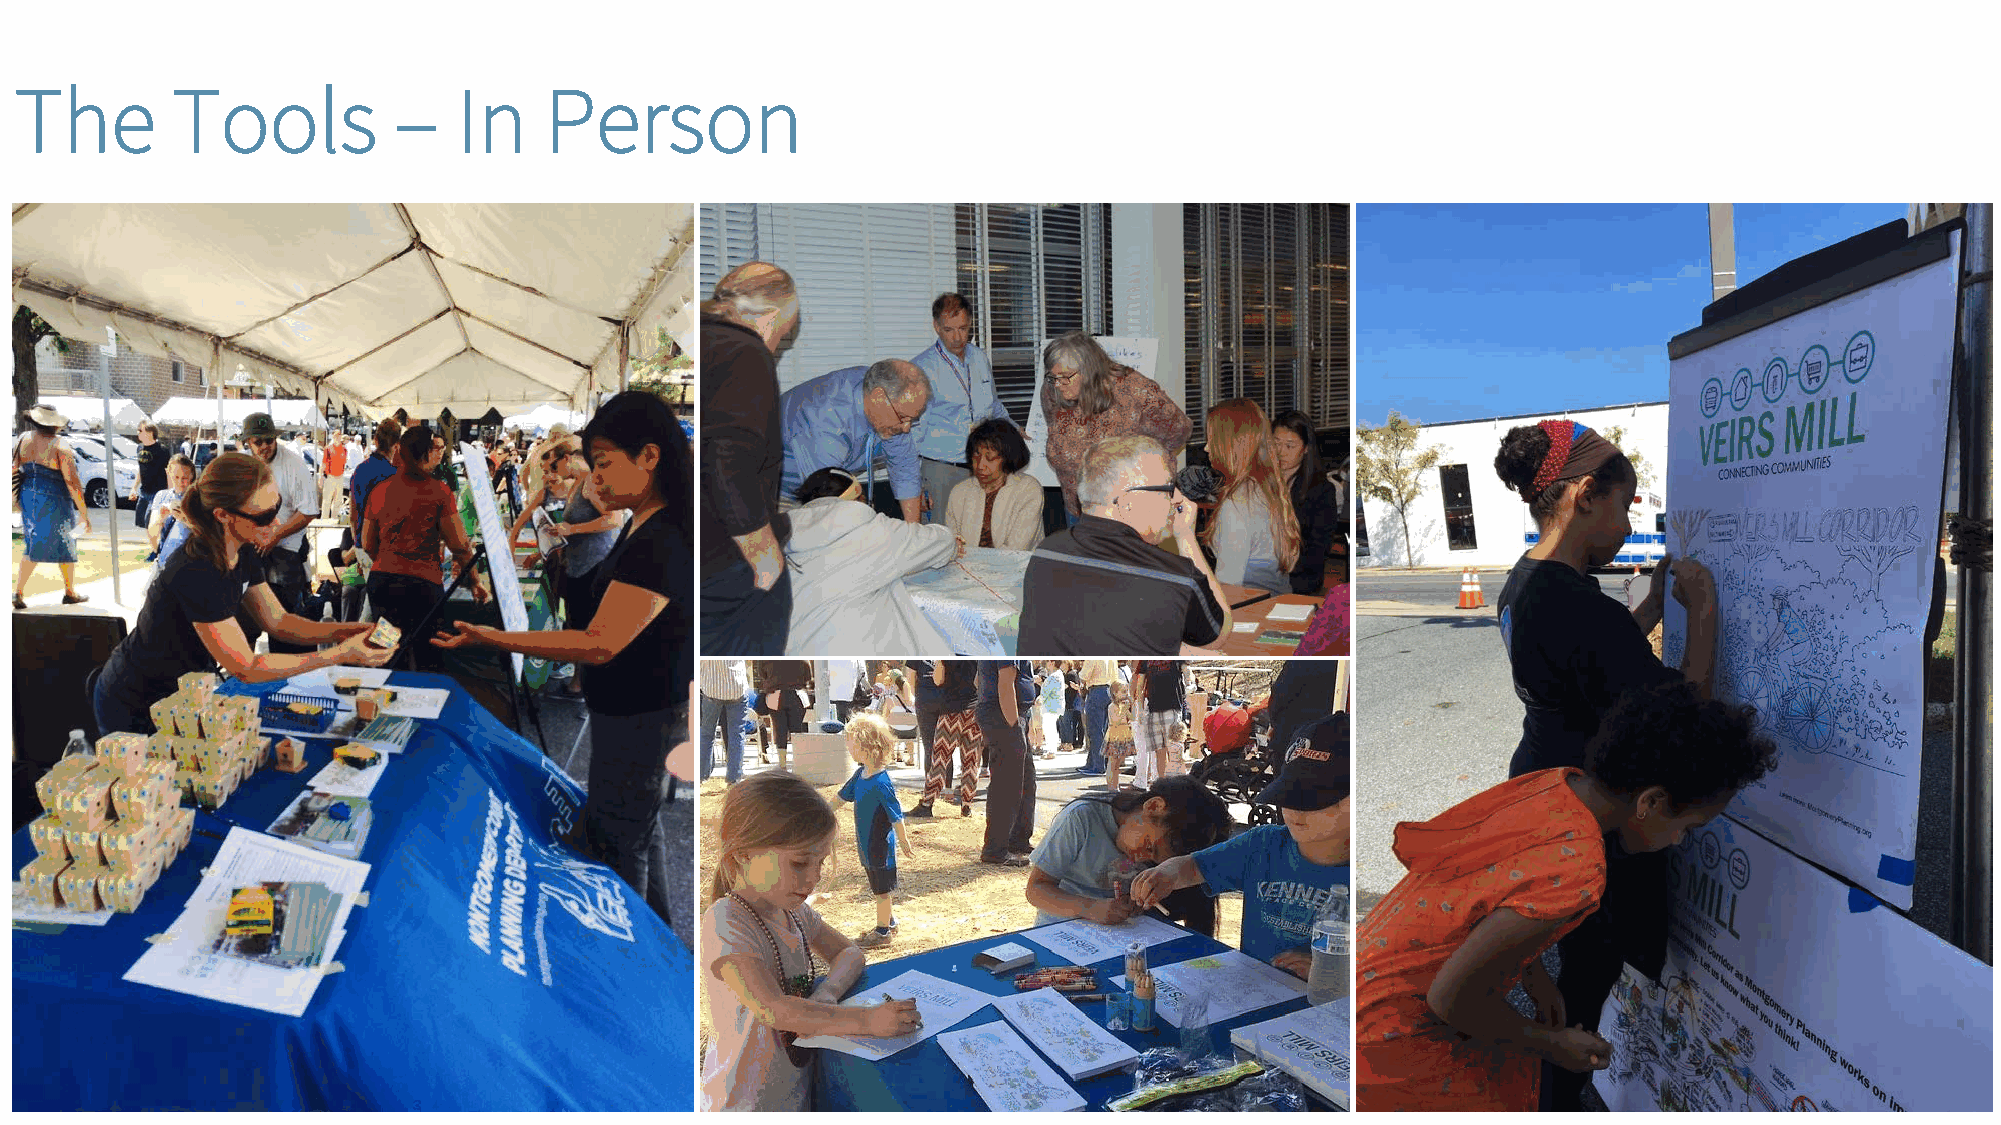
The       Tools          –   In    Person